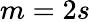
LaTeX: m=2s